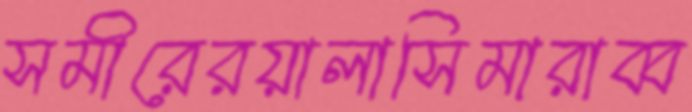
সমীরেরয়ালাসিমারাব্ব